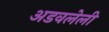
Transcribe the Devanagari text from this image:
अडवलेली